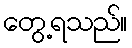
တွေ့ရသည်။